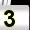
Digit: 3